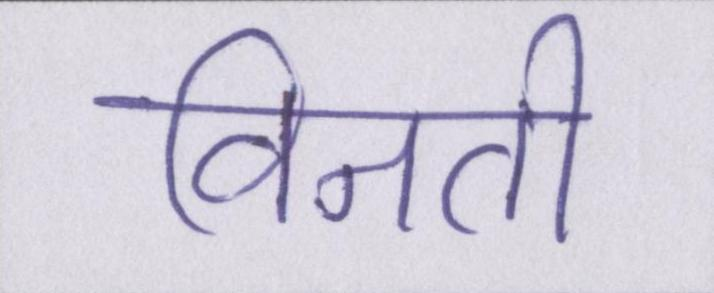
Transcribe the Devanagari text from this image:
विनती